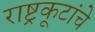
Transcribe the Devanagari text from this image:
राष्ट्रकूटांचे